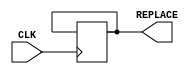
module Replacement_Unit #(
        // Primary parameters
        parameter S                 = 17,                    // Size of the cache will be 2^S bits
        parameter B                 = 9,                     // Size of a block will be 2^B bits
        parameter a                 = 1,                     // Associativity of the cache would be 2^a
        
        // Calculated parameters
        localparam TAG_ADDR_WIDTH   = S - a - B                        
    ) (
        input                           CLK,
        //input  [TAG_ADDR_WIDTH - 1 : 0] BLOCK,
        output [a              - 1 : 0] REPLACE
    );
    
    assign REPLACE = replace;
    
    reg [a - 1 : 0] replace;
    
    always @(posedge CLK) begin
        replace <= replace;         // Temporary
    end
    
    initial begin
        replace = 0;
    end
    
endmodule